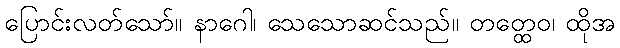
ပြောင်းလတ်သော်။ နာဂေါ၊ သေသောဆင်သည်။ တတ္ထေဝ၊ ထိုအ